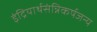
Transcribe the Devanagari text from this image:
इंद्रियार्थसंन्निकर्षजन्य